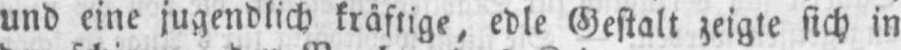
und eine jugendlich kräftige, edle Gestalt zeigte sich in